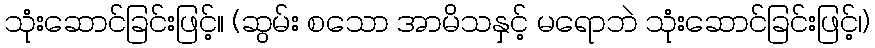
သုံးဆောင်ခြင်းဖြင့်။ (ဆွမ်း စသော အာမိသနှင့် မရောဘဲ သုံးဆောင်ခြင်းဖြင့်၊)